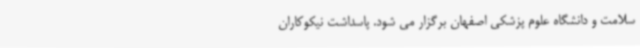
سلامت و دانشگاه علوم پزشکی اصفهان برگزار می شود. پاسداشت نیکوکاران